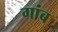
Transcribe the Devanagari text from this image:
गांब